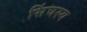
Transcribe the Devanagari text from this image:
सिंघस्य